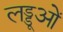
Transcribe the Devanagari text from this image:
लड्डूओं